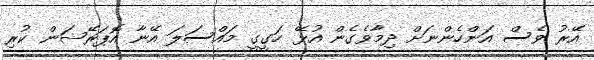
އޭރު ވެސް އަންހެންނަށް ދިމާވެގެން އުޅޭ ހަގީގީ މައްސަލަ އޭނާ އޮޕަރޭޝަން ކުރި